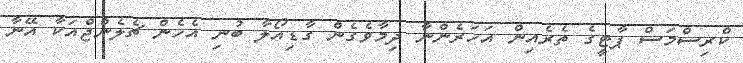
ކްރިސްމަސް ޕާޓީގެ ތެރެއިން އަހަރެންނާ ދިމާވެގެން ގާޑިއޯލާ ބުނި އެހެން ޗެލެންޖްއަކާ އޭނާ